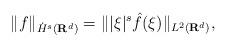
LaTeX: \begin{align*}\| f \|_{\dot{H}^{s}(\mathbf{R}^{d})} = \| |\xi|^{s} \hat{f}(\xi) \|_{L^{2}(\mathbf{R}^{d})},\end{align*}